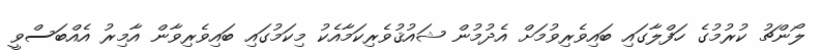
ލޯންޗު ކުރުމުގެ ހަފްލާގައި ބައިވެރިވުމަށް އެދުމުން ޝައުޤުވެރިކަމާއެކު މިކަމުގައި ބައިވެރިވާން އާމިރު އެއްބަސްވީ